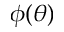
\phi ( \theta )